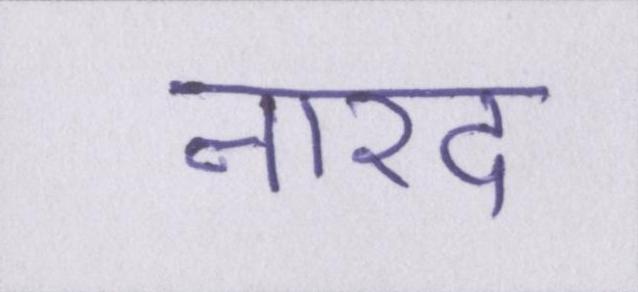
नारद